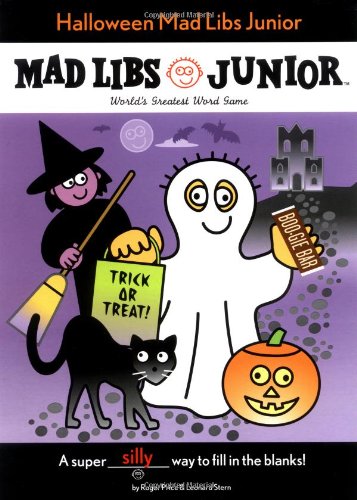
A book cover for Halloween Mad Libs Junior; Roger Price; Children's Books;